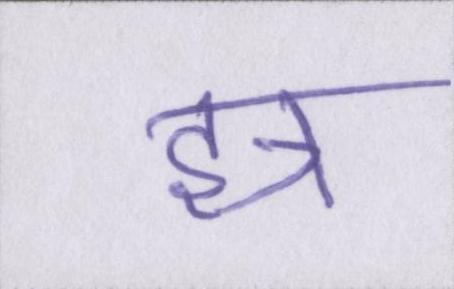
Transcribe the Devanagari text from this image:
इत्र